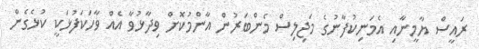
ރައީސް ޔާމީނާއި އެމަނިކުފާނުގެ މަޖިލިސް މެންބަރުން އާންމުކޮށް ވިދާޅުވާ އެއް ވާހަކަފުޅަކީ ކުޅެގެން